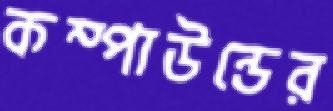
কম্পাউন্ডের